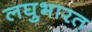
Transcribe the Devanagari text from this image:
लघुभारत